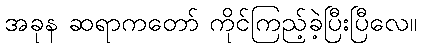
အခုန ဆရာကတော် ကိုင်ကြည့်ခဲ့ပြီးပြီလေ။